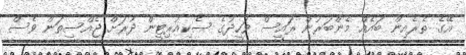
އޭގެ ތެރެއިން ބައެއް މެންބަރުން ރައީސް ވަހީދުގެ ސެކިއުރިޓީން ދުރަށް ޖެއްސިތަން ވެސް